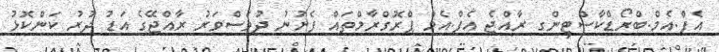
އެފް.އެމް.ބްރޯޑްކާސްޓިންގ ރާއްޖެ އެފް.އެމް ޕްރޮގްރާމްތައް ފެށުނު ދުވަސްވަރު ރާއްޖޭގެ އަޑު ދުރު ކަންކޮޅު